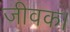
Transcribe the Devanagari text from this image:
जीवक।